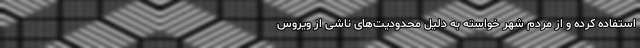
استفاده کرده و از مردم شهر خواسته به دلیل محدودیت‌های ناشی از ویروس